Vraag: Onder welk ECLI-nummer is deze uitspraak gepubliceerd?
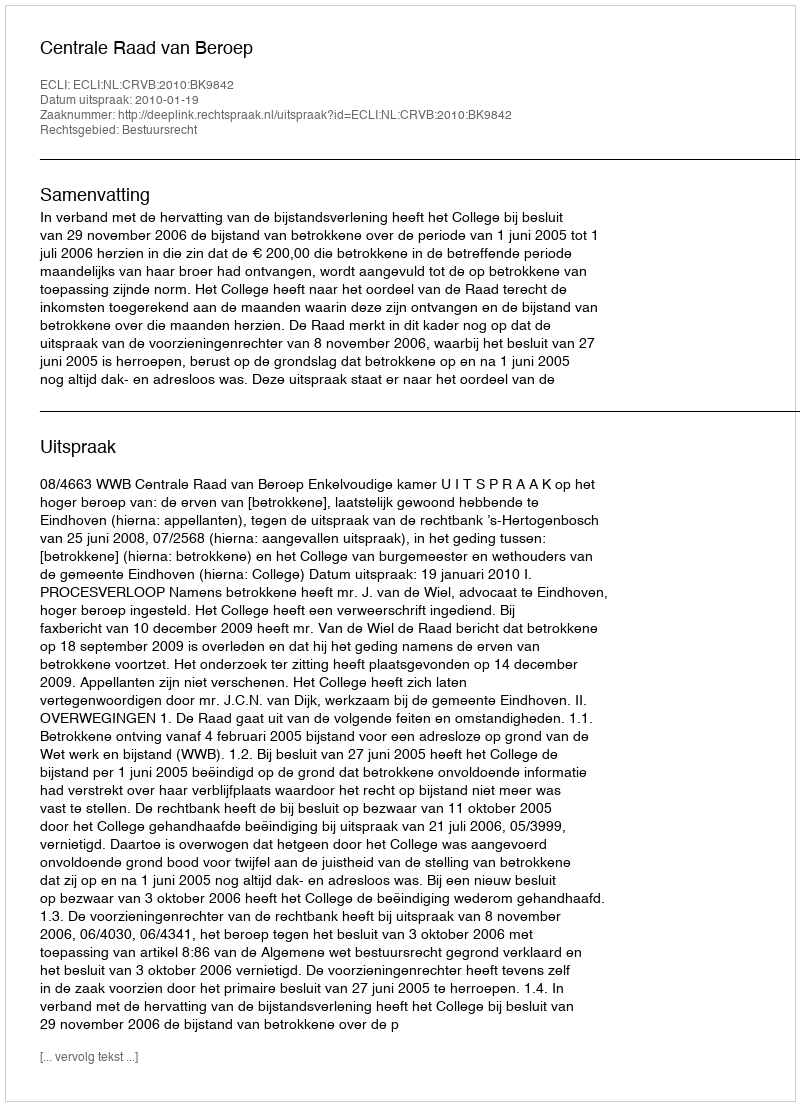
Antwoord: ECLI:NL:CRVB:2010:BK9842